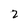
Character: Z